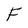
Character: F